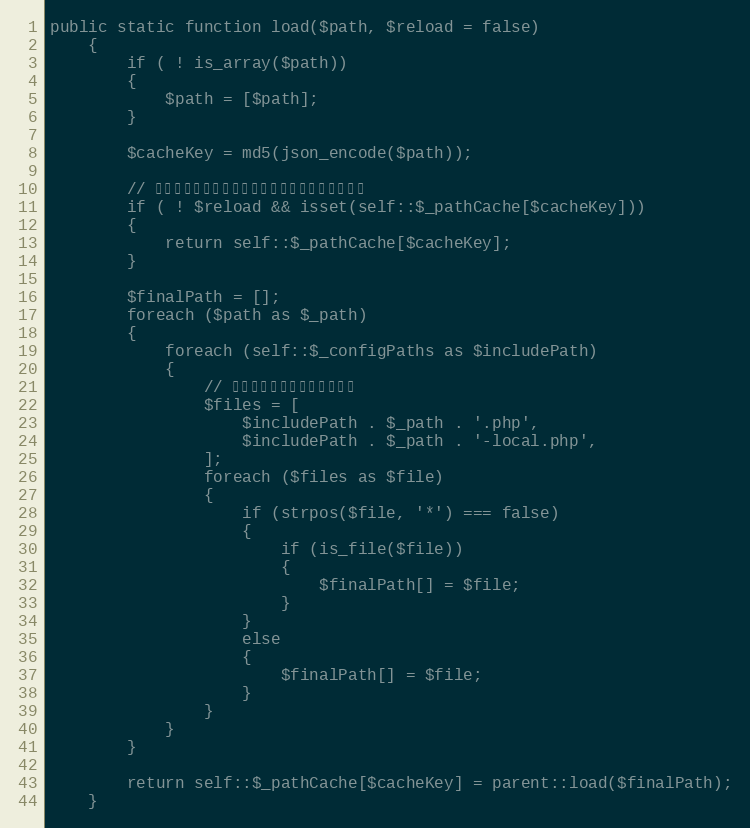
Language: PHP
public static function load($path, $reload = false)
    {
        if ( ! is_array($path))
        {
            $path = [$path];
        }

        $cacheKey = md5(json_encode($path));

        // 如果有缓存并且可以不重新加载，那么就直接返回
        if ( ! $reload && isset(self::$_pathCache[$cacheKey]))
        {
            return self::$_pathCache[$cacheKey];
        }

        $finalPath = [];
        foreach ($path as $_path)
        {
            foreach (self::$_configPaths as $includePath)
            {
                // 检测和包含带下面后缀的文件
                $files = [
                    $includePath . $_path . '.php',
                    $includePath . $_path . '-local.php',
                ];
                foreach ($files as $file)
                {
                    if (strpos($file, '*') === false)
                    {
                        if (is_file($file))
                        {
                            $finalPath[] = $file;
                        }
                    }
                    else
                    {
                        $finalPath[] = $file;
                    }
                }
            }
        }

        return self::$_pathCache[$cacheKey] = parent::load($finalPath);
    }